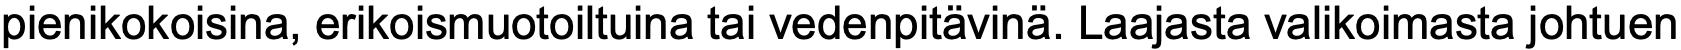
pienikokoisina, erikoismuotoiltuina tai vedenpitävinä. Laajasta valikoimasta johtuen